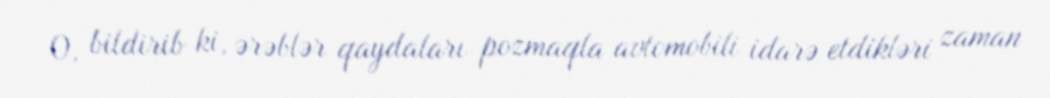
O, bildirib ki, ərəblər qaydaları pozmaqla avtomobili idarə etdikləri zaman